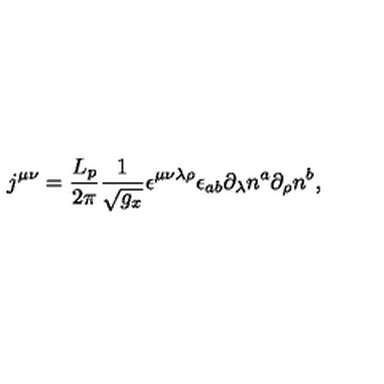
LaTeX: j ^ { \mu \nu } = \frac { L _ { p } } { 2 \pi } \frac 1 { \sqrt { g _ { x } } } \epsilon ^ { \mu \nu \lambda \rho } \epsilon _ { a b } \partial _ { \lambda } n ^ { a } \partial _ { \rho } n ^ { b } ,